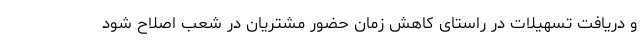
و دریافت تسهیلات در راستای کاهش زمان حضور مشتریان در شعب اصلاح شود